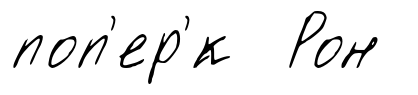
поп'ер'́к Рон